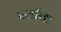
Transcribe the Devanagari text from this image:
ब्लाॅक